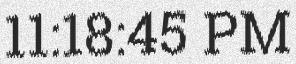
11:18:45 PM